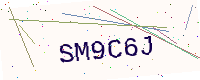
Text: SM9C6J